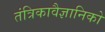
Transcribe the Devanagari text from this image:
तंत्रिकावैज्ञानिको